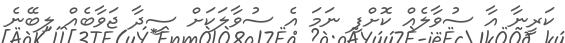
ކަރީނާ އާ ސުވާލެއް ކޮށްފި ނަމަ އެ ސުވާލަކަށް ސީދާ ޖަވާބެއް ލިބޭނެ